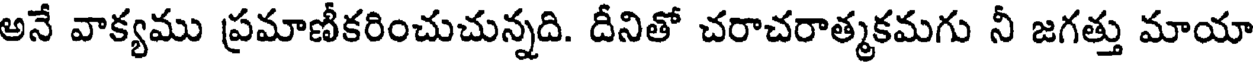
అనే వాక్యము ప్రమాణీకరించుచున్నది. దీనితో చరాచరాత్మకమగు నీ జగత్తు మాయా